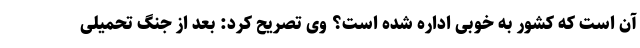
آن است که کشور به خوبی اداره شده است؟ وی تصریح کرد: بعد از جنگ تحمیلی